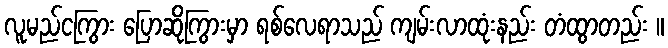
လူမည်ငကြွား ပြောဆိုကြွားမှာ ရစ်လေရာသည် ကျမ်းလာထုံးနည်း တံထွာတည်း ။